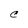
Character: C